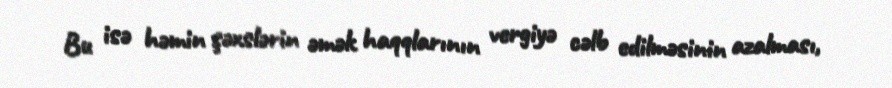
Bu isə həmin şəxslərin əmək haqqlarının vergiyə cəlb edilməsinin azalması,